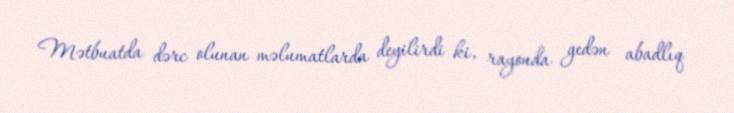
Mətbuatda dərc olunan məlumatlarda deyilirdi ki, rayonda gedən abadlıq